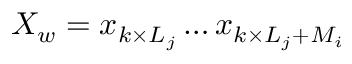
X _ { w } = x _ { k \times L _ { j } } \dots x _ { k \times L _ { j } + M _ { i } }